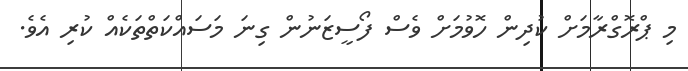
މި ޕްރޮގްރާމަށް ކުދިން ހޮވުމަށް ވެސް ފޯސީޒަނުން ގިނަ މަސައްކަތްތަކެއް ކުރި އެވެ.